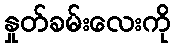
နှုတ်ခမ်းလေးကို